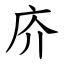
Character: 庎